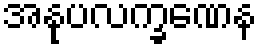
အနုပလက္ခဏေန